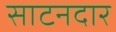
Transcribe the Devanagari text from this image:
साटनदार